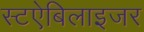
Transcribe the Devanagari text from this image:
स्टऐबिलाइजर